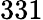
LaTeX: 331